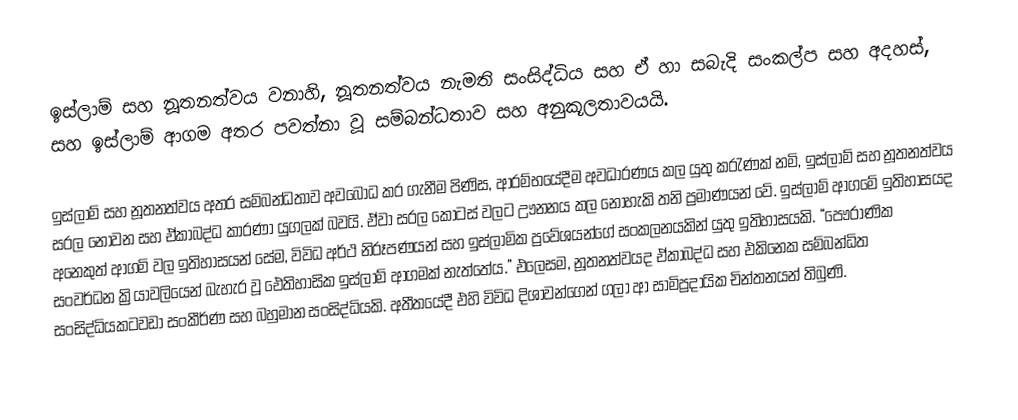
ඉස්ලාම් සහ නූතනත්වය වනාහි, නූතනත්වය නැමති සංසිද්ධිය සහ ඒ හා සබැදි සංකල්ප සහ අදහස්, සහ ඉස්ලාම් ආගම අතර පවත්නා වූ සම්බන්ධතාව සහ අනුකූලතාවයයි.

ඉස්ලාම් සහ නූතනත්වය අතර සම්බන්ධතාව අවබෝධ කර ගැනීම පිණිස, ආරම්භ‍යේදීම අවධාරණය කල යුතු කරැණක් නමි, ඉස්ලාම් සහ නූතනත්වය සරල නොවන සහ ඒකාබද්ධ කාරණා යුගලක් බවයි. ඒවා සරල කොටස් වල‍‍ට ඌනනය කල නොහැකි තනි ප්‍රමාණයන් වේ. ඉස්ලාම් ආගමේ ඉතිහාසයද අනෙකුත් ආගමි වල ඉතිහාසයන් සේම, විවිධ අර්ථ නිරූපණයන් සහ ඉස්ලාමික ප්‍රවේශයන්‍‍ගේ සංකලනයකින් යුතු ඉතිහාසයකි. “පෞරාණික සංවර්ධන ක්‍රියාවලියෙන් බැහැර වූ ‍‍ඓතිහාසික ඉස්ලාම් ආගමක් නැත්තේය.” එලෙසම, නූතනත්වයද ඒකාබද්ධ සහ එකිනෙක සම්බන්ධිත සංසිද්ධියකට‍වඩා සංකීර්ණ සහ බහුමාන සංසිද්ධියකි. අතීතයේදී එහි විවිධ දිශාවන්ගෙන් ගලා ආ සාමිප්‍රදායික චින්තනයන් තිබුණි.